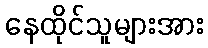
နေထိုင်သူများအား